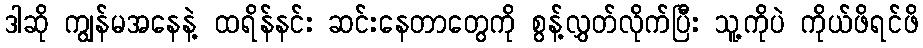
ဒါဆို ကျွန်မအနေနဲ့ ထရိန်နင်း ဆင်းနေတာတွေကို စွန့်လွှတ်လိုက်ပြီး သူ့ကိုပဲ ကိုယ်ဖိရင်ဖိ